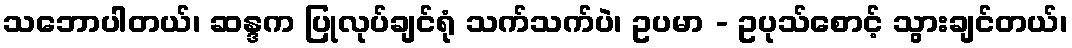
သဘောပါတယ်၊ ဆန္ဒက ပြုလုပ်ချင်ရုံ သက်သက်ပဲ၊ ဥပမာ - ဥပုသ်စောင့် သွားချင်တယ်၊